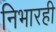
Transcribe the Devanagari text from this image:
निभारही